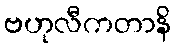
ဗဟုလီကတာနိ